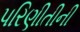
પરિણીતીની